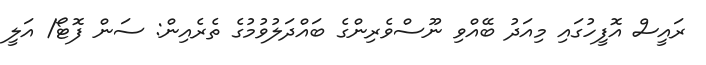
ރައީސް އޮފީހުގައި މިއަދު ބޭއްވި ނޫސްވެރިންގެ ބައްދަލުވުމުގެ ތެރެއިން: ސަން ފޮޓޯ/ އަލީ